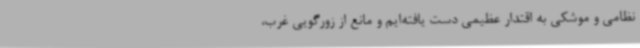
نظامی و موشکی به اقتدار عظیمی دست یافته‌ایم و مانع از زورگویی غرب،